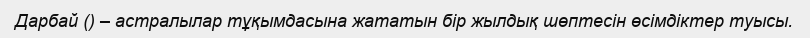
Дарбай () – астралылар тұқымдасына жататын бір жылдық шөптесін өсімдіктер туысы.